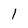
Character: l